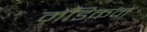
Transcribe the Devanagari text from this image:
मेडिकन